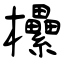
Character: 欙